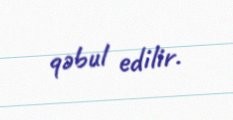
qəbul edilir.